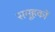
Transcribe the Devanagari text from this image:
समूहकों